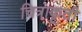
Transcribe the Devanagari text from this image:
चित्राकृती